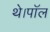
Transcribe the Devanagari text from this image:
थे।पॉल